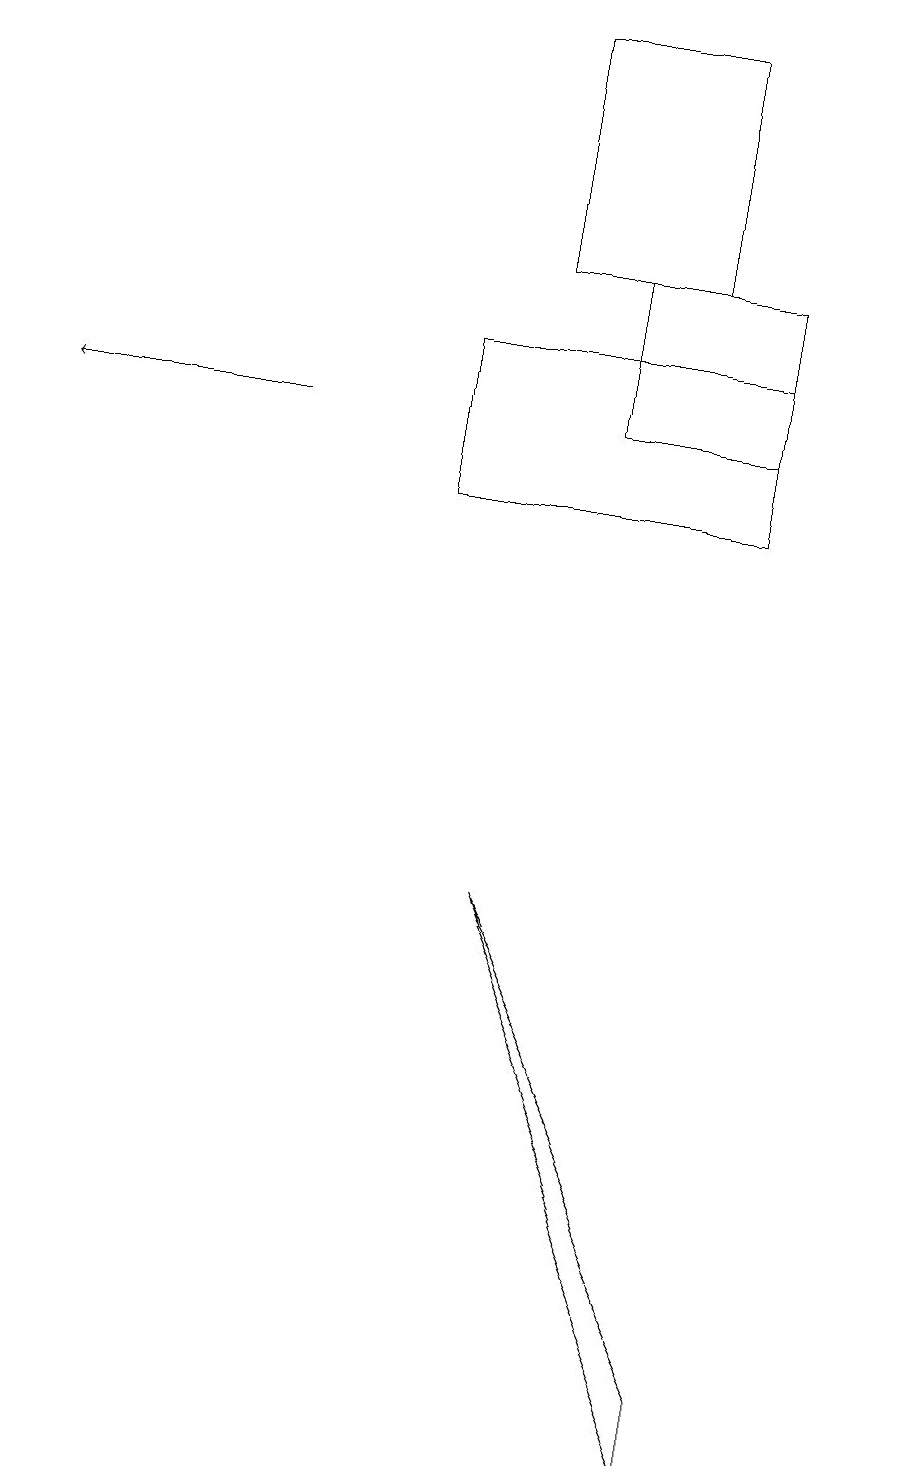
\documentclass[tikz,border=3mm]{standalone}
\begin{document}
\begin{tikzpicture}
\draw[->] (3,13) -- (0,13);
\draw (8,18) rectangle (6,15);
\draw (5,14) rectangle (9,12);
\draw (7,13) rectangle (9,15);
\draw (6,7) -- (9,1) -- (9,0) -- cycle;
\draw (11,11) circle (0);
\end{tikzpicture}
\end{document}